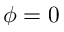
\phi = 0